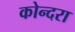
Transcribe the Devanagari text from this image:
कोन्दरा